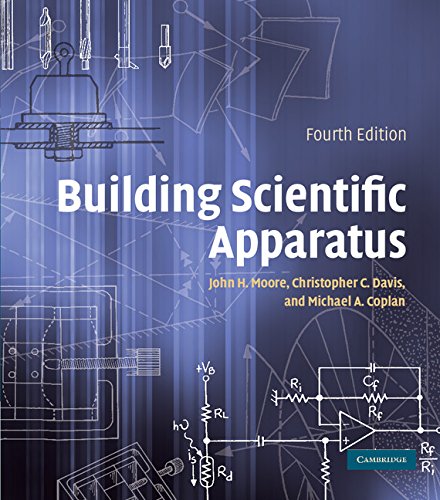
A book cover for Building Scientific Apparatus; John H. Moore; Science & Math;